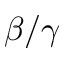
\beta / \gamma